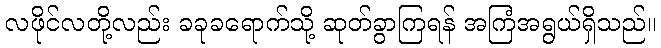
လဖိုင်လတို့လည်း ခခုခရောက်သို့ ဆုတ်ခွာကြရန် အကြံအရွယ်ရှိသည်။